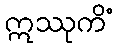
ဣဿုကိံ